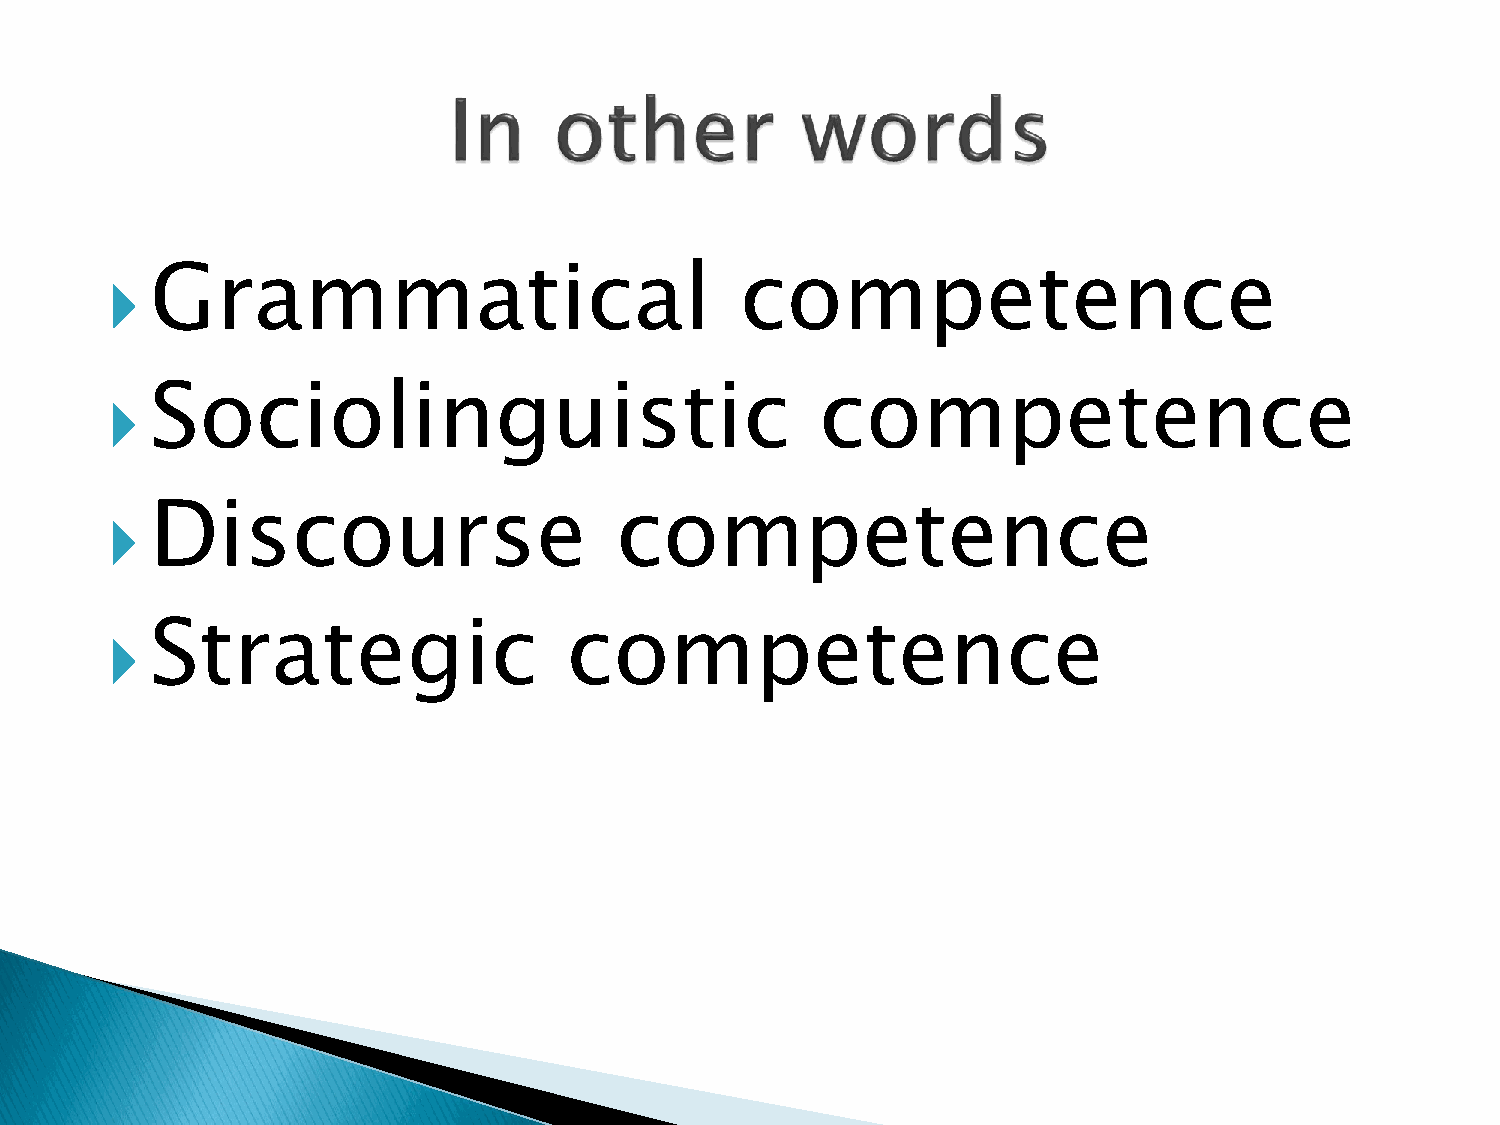
Grammatical                            competence
 
 Sociolinguistic                             competence
 
 Discourse                      competence
 
 Strategic                  competence
 